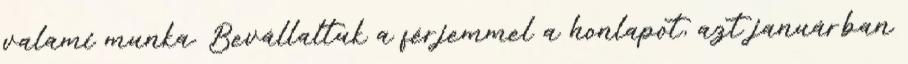
valami munka. Bevállaltuk a férjemmel a honlapot, azt januárban